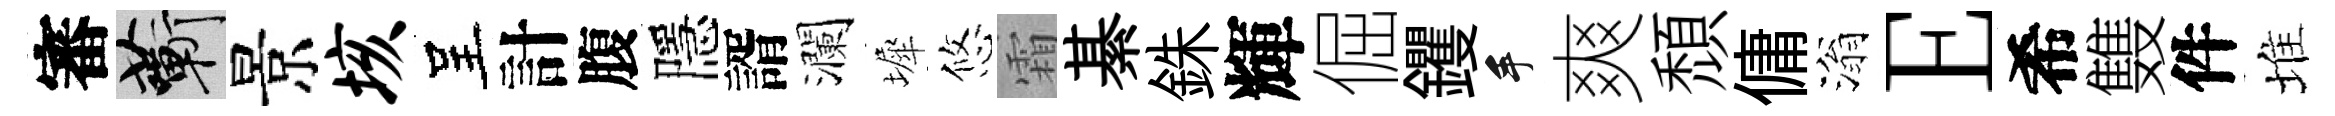
審蔪景垓呈計腹隱諝瀾墀悠霜綦銖輝倔钁手爽頹傭滃E希䨇件堆